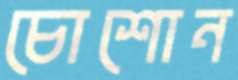
চোশোন